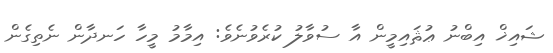
ޝައިޚް އިބްނު ޢުޘައިމީން އާ ސުވާލު ކުރެވުނެވެ: އިމާމު މީހާ ހަނދާން ނެތިގެން